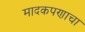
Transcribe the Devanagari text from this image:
मादकपणाचा